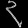
Digit: ၃